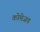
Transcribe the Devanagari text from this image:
कोमेजत